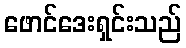
ဖောင်ဒေးရှင်းသည်